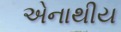
એનાથીય